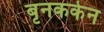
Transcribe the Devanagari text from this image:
बृनककेन